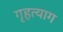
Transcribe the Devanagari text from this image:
गृहत्‍याग